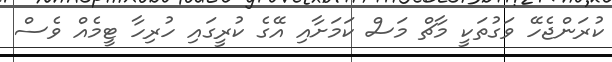
ކުރަންޖެހޭ ވަގުތަކީ މާޗް މަސް ކަމަށާއި އޭގެ ކުރީގައި ހުރިހާ ޓީމެއް ވެސް